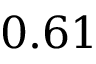
0 . 6 1